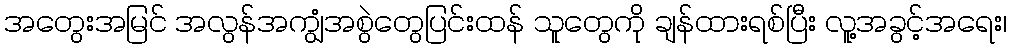
အတွေးအမြင် အလွန်အကျွံအစွဲတွေပြင်းထန် သူတွေကို ချန်ထားရစ်ပြီး လူ့အခွင့်အရေး၊